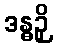
ဒန္ဓဉှိ